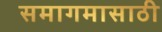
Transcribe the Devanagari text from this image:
समागमासाठी